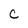
Character: C